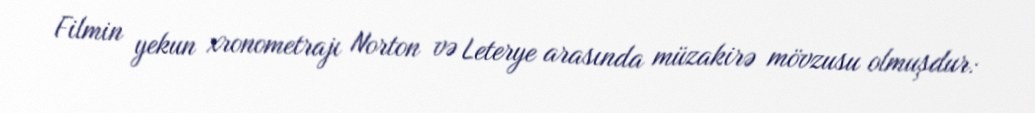
Filmin yekun xronometrajı Norton və Leterye arasında müzakirə mövzusu olmuşdur: